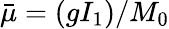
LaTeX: {\bar{\mu}}=(gI_{1})/M_{0}